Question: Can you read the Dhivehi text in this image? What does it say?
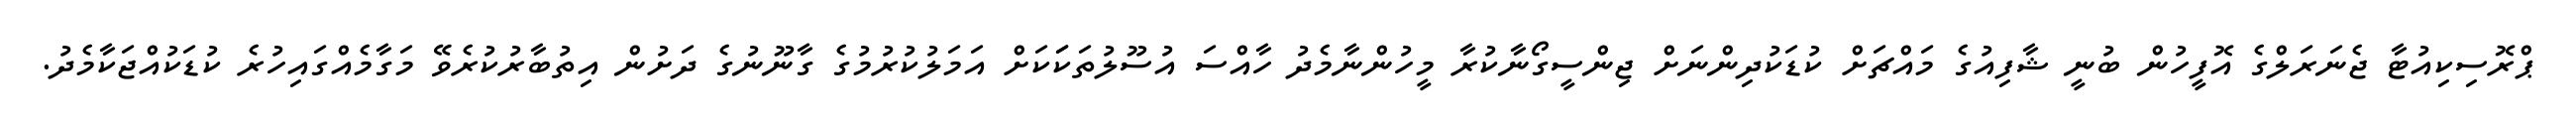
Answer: ޕްރޮސިކިއުޓާ ޖެނަރަލްގެ އޮފީހުން ބުނީ ޝާފިއުގެ މައްޗަށް ކުޑަކުދިންނަށް ޖިންސީގޯނާކުރާ މީހުންނާމެދު ހާއްސަ އުސޫލުތަކަަކަށް އަމަލުކުރުމުގެ ގާނޫނުގެ ދަށުން އިތުބާރުކުރެވޭ މަގާމެއްގައިހުރެ ކުޑަކުއްޖަކާމެދު.